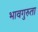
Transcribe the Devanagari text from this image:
भावगुरुता